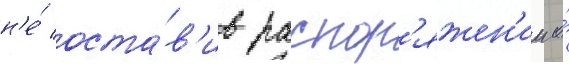
н'е́ оста́в'ив распор'яжен'ии о́